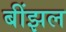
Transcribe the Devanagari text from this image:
बींझल